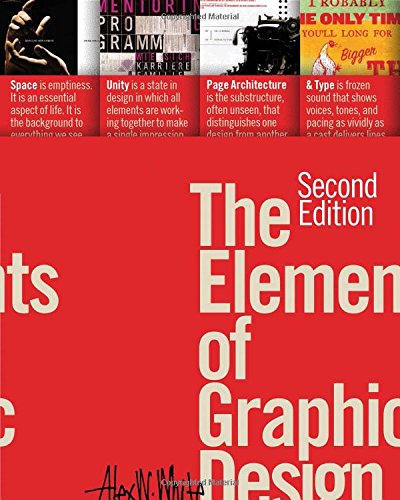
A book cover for The Elements of Graphic Design; Alex W. White; Arts & Photography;